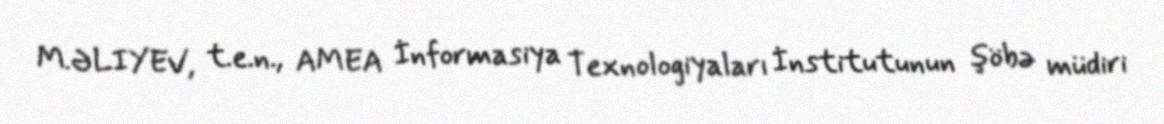
M.ƏLIYEV, t.e.n., AMEA İnformasiya Texnologiyaları İnstitutunun şöbə müdiri